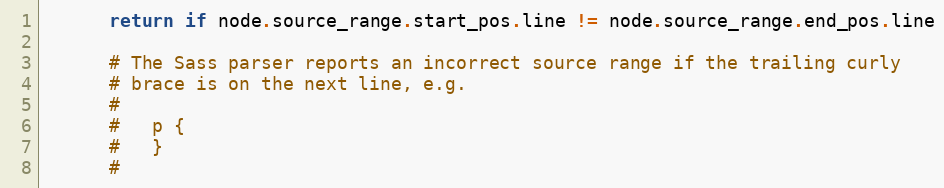
Language: Ruby
      return if node.source_range.start_pos.line != node.source_range.end_pos.line

      # The Sass parser reports an incorrect source range if the trailing curly
      # brace is on the next line, e.g.
      #
      #   p {
      #   }
      #